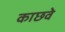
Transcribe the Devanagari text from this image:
काछवे